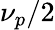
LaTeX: \nu_{p}/2